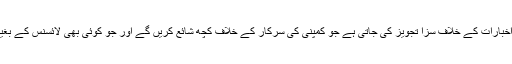
ایک نیا حکمنامہ جاری ہوتا ہے جس کے تحت ایسے اخبارات کے خلاف سزا تجویز کی جاتی ہے جو کمپنی کی سرکار کے خلاف کچھ شائع کریں گے اور جو کوئی بھی لائسنس کے بغیر کچھ شائع کرے گا اسے بھی جیل بھیج دیا جائے گا۔